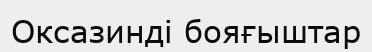
Оксазинді бояғыштар